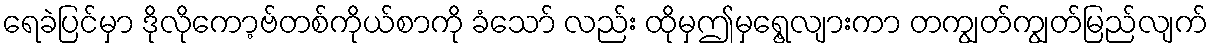
ရေခဲပြင်မှာ ဒိုလိုကော့ဗ်တစ်ကိုယ်စာကို ခံသော် လည်း ထိုမှဤမှရွေ့လျားကာ တကျွတ်ကျွတ်မြည်လျက်